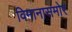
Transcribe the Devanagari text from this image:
विमानासमोर